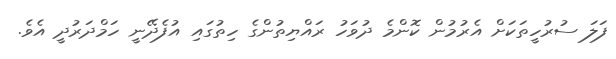
ފަލަ ސުރުހީތަކަށް އެރުމުން ކޮންމެ ދުވަހު ރައްޔިތުންގެ ހިތުގައި އުފެދޭނީ ހަމްދަރުދީ އެވެ.